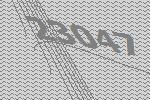
23047